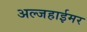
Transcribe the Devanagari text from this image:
अल्जहाईमर